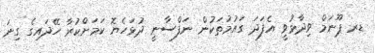
ޑރ ޕޫނަމް ވިދާޅުވީ އެފަދަ ގައުމުތަކުން ނަފްސާނީ ދުޅަހެޔޮ ކަމަށްކުރާ ހޭދައިގެ ގިނަ